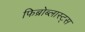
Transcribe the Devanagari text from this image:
फिब्रोब्लास्ट्स